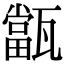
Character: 㽆